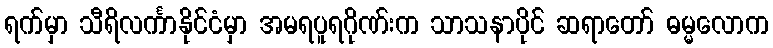
ရက်မှာ သီရိလင်္ကာနိုင်ငံမှာ အမရပူရဂိုဏ်းက သာသနာပိုင် ဆရာတော် ဓမ္မလောက